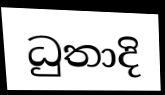
ධුතාදි